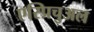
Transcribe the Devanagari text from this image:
एस्प्रिचुअल